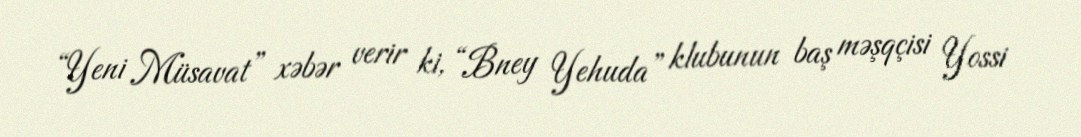
“Yeni Müsavat” xəbər verir ki, “Bney Yehuda” klubunun baş məşqçisi Yossi